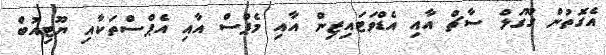
އެގޮތުން ގޫގަލް ސާޗް އާއި އެޑްވަޓައިޒިން އާއި މެޕްސް އާއި އެޕްސްތަކާއި ޔޫޓިއުބް